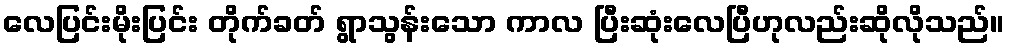
လေပြင်းမိုးပြင်း တိုက်ခတ် ရွာသွန်းသော ကာလ ပြီးဆုံးလေပြီဟုလည်းဆိုလိုသည်။